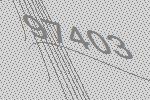
97403